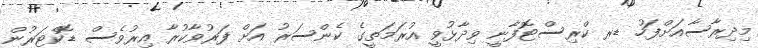
މިދިރާސާއަށްފަހު ޑރ ކްރިސްޓޮފާނީ ވިދާޅުވީ އުރަމަތީގެ ކެންސަރު އަށް ފަރުވާކުރާ އިރުވެސް ޑޮކްޓަރުން